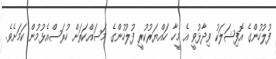
ފުލުހުންގެ އޮފިޝަލަކު ވިދާޅުވީ އެ މީހާ ހައްޔަރުކުރީ ފުލުހުންގެ މަސައްކަތަށް ހުރަސްއެޅުމުން ކަމަށެވެ.